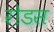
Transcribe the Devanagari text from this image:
रोडस